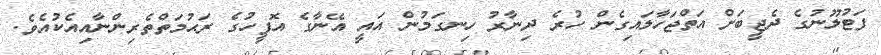
ފަޓުލޫނުގެ ދެޖީބަށް އަތްޖަހާލައިގެން ހުރެ ދިނާރު ހިނގަމުން އައީ އޭނާގެ އޮފީހުގެ ރަޙުމަތްތެރިންނާއިއެކުއެވެ.